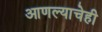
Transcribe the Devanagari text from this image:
आणल्याचेही